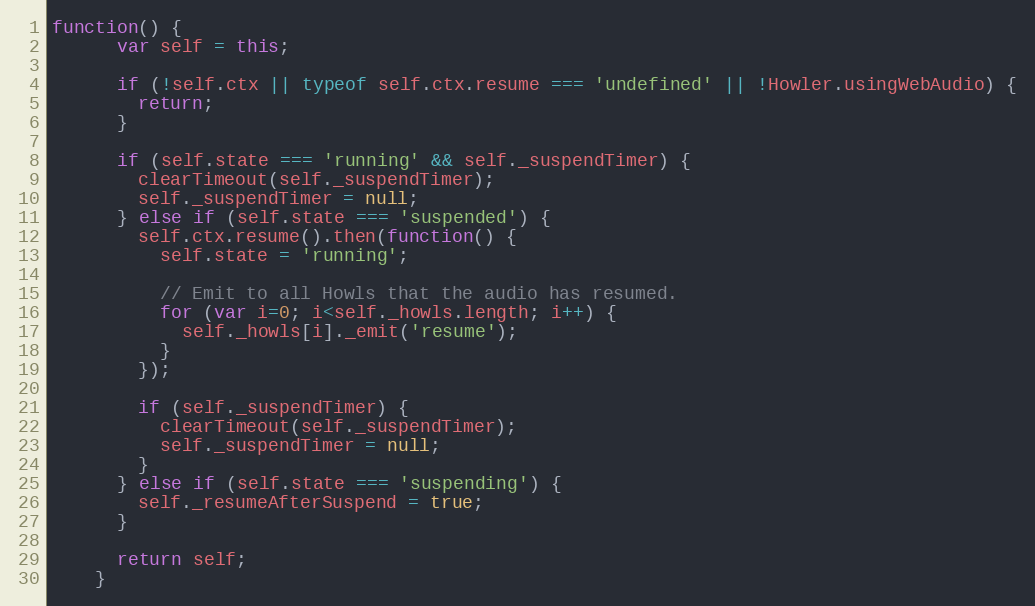
Language: JavaScript
function() {
      var self = this;

      if (!self.ctx || typeof self.ctx.resume === 'undefined' || !Howler.usingWebAudio) {
        return;
      }

      if (self.state === 'running' && self._suspendTimer) {
        clearTimeout(self._suspendTimer);
        self._suspendTimer = null;
      } else if (self.state === 'suspended') {
        self.ctx.resume().then(function() {
          self.state = 'running';

          // Emit to all Howls that the audio has resumed.
          for (var i=0; i<self._howls.length; i++) {
            self._howls[i]._emit('resume');
          }
        });

        if (self._suspendTimer) {
          clearTimeout(self._suspendTimer);
          self._suspendTimer = null;
        }
      } else if (self.state === 'suspending') {
        self._resumeAfterSuspend = true;
      }

      return self;
    }